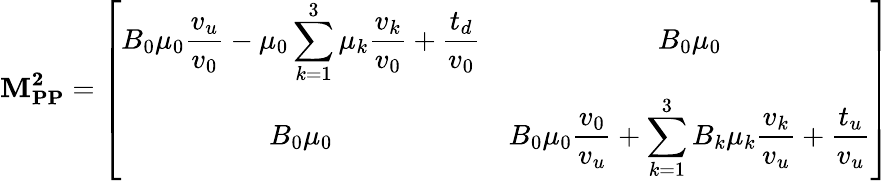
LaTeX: \mathbf{M_{PP}^{2}}=\left[\begin{array}{cc}{{\displaystyle B_{0}\mu_{0}\frac{v_{u}}{v_{0}}-\mu_{0}\sum_{k=1}^{3}\mu_{k}\frac{v_{k}}{v_{0}}+\frac{t_{d}}{v_{0}}}}&{{B_{0}\mu_{0}}}\\ {{B_{0}\mu_{0}}}&{{\displaystyle B_{0}\mu_{0}\frac{v_{0}}{v_{u}}+\sum_{k=1}^{3}B_{k}\mu_{k}\frac{v_{k}}{v_{u}}+\frac{t_{u}}{v_{u}}}}\end{array}\right]